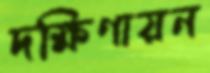
দক্ষিণায়ন